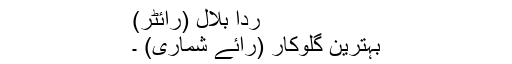
ردا بلال (رائٹر)
بہترین گلوکار (رائے شماری) ۔